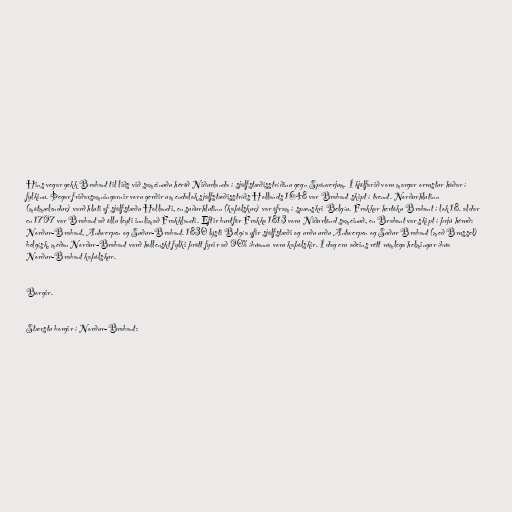
Hins vegar gekk Brabant til liðs við sameinuðu héröð Niðurlanda í sjálfstæðisstríðinu gegn Spánverjum. Í kjölfarið voru margar orrustur háðar í
fylkinu. Þegar friðarsamningarnir voru gerðir um endalok sjálfstæðisstríðs Hollands 1648 var Brabant skipt í tvennt. Norðurhlutinn
(mótmælendur) varð hluti af sjálfstæðu Hollandi, en suðurhlutinn (kaþólskur) var áfram í spænskri Belgíu. Frakkar hertóku Brabant í lok 18. aldar
en 1797 var Brabant að öllu leyti innlimað Frakklandi. Eftir burtför Frakka 1813 voru Niðurlönd sameinuð, en Brabant var skipt í þrjú héruð:
Norður-Brabant, Antwerpen og Suður-Brabant. 1830 lýsti Belgía yfir sjálfstæði og urðu urðu Antwerpen og Suður Brabant (með Brussel)
belgísk, meðan Norður-Brabant varð hollenskt fylki þrátt fyrir að 90% íbúanna voru kaþólskir. Í dag eru aðeins rétt rúmlega helmingur íbúa
Norður-Brabant kaþólskur.

Borgir.

Stærstu borgir í Norður-Brabant: